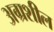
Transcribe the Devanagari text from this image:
अग्रशील